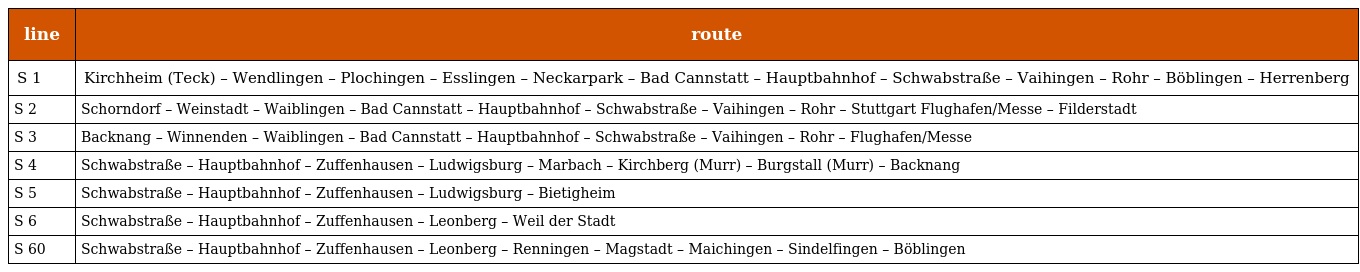
| line | route |
 | --- | --- |
 | S 1 | Kirchheim (Teck) – Wendlingen – Plochingen – Esslingen – Neckarpark – Bad Cannstatt – Hauptbahnhof – Schwabstraße – Vaihingen – Rohr – Böblingen – Herrenberg |
 | S 2 | Schorndorf – Weinstadt – Waiblingen – Bad Cannstatt – Hauptbahnhof – Schwabstraße – Vaihingen – Rohr – Stuttgart Flughafen/Messe – Filderstadt |
 | S 3 | Backnang – Winnenden – Waiblingen – Bad Cannstatt – Hauptbahnhof – Schwabstraße – Vaihingen – Rohr – Flughafen/Messe |
 | S 4 | Schwabstraße – Hauptbahnhof – Zuffenhausen – Ludwigsburg – Marbach – Kirchberg (Murr) – Burgstall (Murr) – Backnang |
 | S 5 | Schwabstraße – Hauptbahnhof – Zuffenhausen – Ludwigsburg – Bietigheim |
 | S 6 | Schwabstraße – Hauptbahnhof – Zuffenhausen – Leonberg – Weil der Stadt |
 | S 60 | Schwabstraße – Hauptbahnhof – Zuffenhausen – Leonberg – Renningen – Magstadt – Maichingen – Sindelfingen – Böblingen |